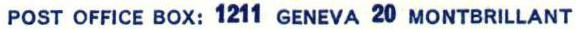
POST OFFICE BOX: 1211 GENEVA 20 MONTBRILLANT